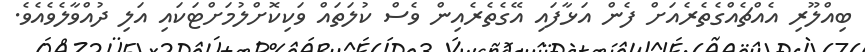
ބިއްލޫރި އެއްޗެއްގެތެރެއަށް ފެން އަޅާފައި އޭގެތެރެއިން ވެސް ކުލަތައް ވަކިކޮށްލުމަށްޓަކައި އަލި ދުއްވާލެވެއެވެ.